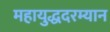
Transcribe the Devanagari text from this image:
महायुद्धदरम्यान